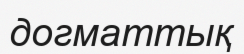
догматтық